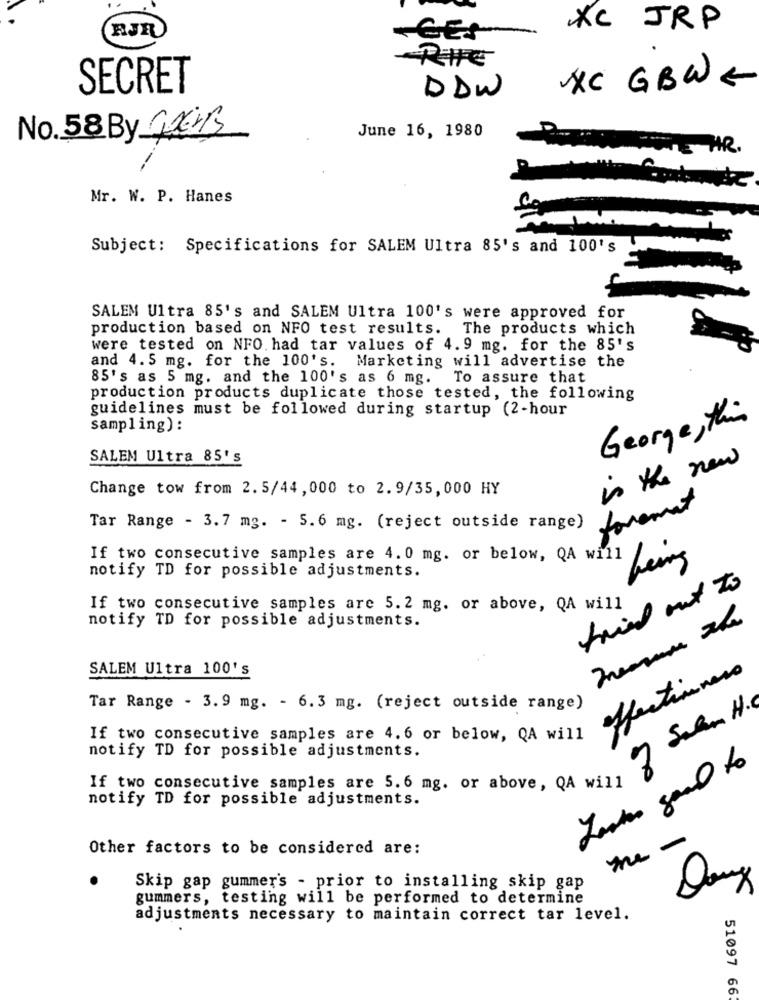
RJR
XC JRP
-GES
RIE
SECRET
XC GBWE
DDW
June 16, 1980
No. 58 By GRENS
FONTE HR.
Mr. W. P. Hanes
Subject: Specifications for SALEM Ultra 85's and 100's
SALEM Ultra 85's and SALEM Ultra 100's were approved for
production based on NFO test results. The products which
were tested on NFO. had tar values of 4.9 mg. for the 85's
and 4. 5 mg. for the 100's. Marketing will advertise the
85's as 5 mg. and the 100's as 6 mg.
To assure that
production products duplicate those tested, the following
guidelines must be followed during startup (2-hour
George, this
sampling) :
SALEM Ultra 85's
in the new
Change tow from 2.5/44, 000 to 2.9/35, 000 HY
foremant
Tar Range - 3.7 mg. - 5.6 mg. (reject outside range)
If two consecutive samples are 4.0 mg. or below, QA will
being
notify TD for possible adjustments.
tried out to
If two consecutive samples are 5.2 mg. or above, QA will
notify TD for possible adjustments.
SALEM Ultra 100's
Tar Range - 3.9 mg. - 6.3 mg. (reject outside range)
If two consecutive samples are 4.6 or below, QA will
notify TD for possible adjustments.
If two consecutive samples are 5.6 mg. or above, QA will
notify TD for possible adjustments.
me -
Other factors to be considered are:
Skip gap gummer's - prior to installing skip gap
Doux
gummers, testing will be performed to determine
adjustments necessary to maintain correct tar level.
51097 66